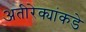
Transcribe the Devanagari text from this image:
अतीरेक्यांकडे